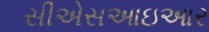
સીએસઆઇઆર